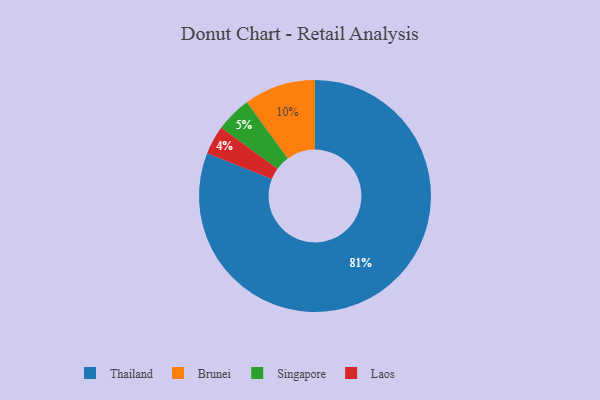
{"axis": {"x": "Category", "y": "Percentage"}, "legend": ["Brunei", "Laos", "Singapore", "Thailand"], "data": [{"x": "Laos", "y": 4, "type": "Laos"}, {"x": "Thailand", "y": 81, "type": "Thailand"}, {"x": "Singapore", "y": 5, "type": "Singapore"}, {"x": "Brunei", "y": 10, "type": "Brunei"}]}